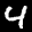
Label: 4